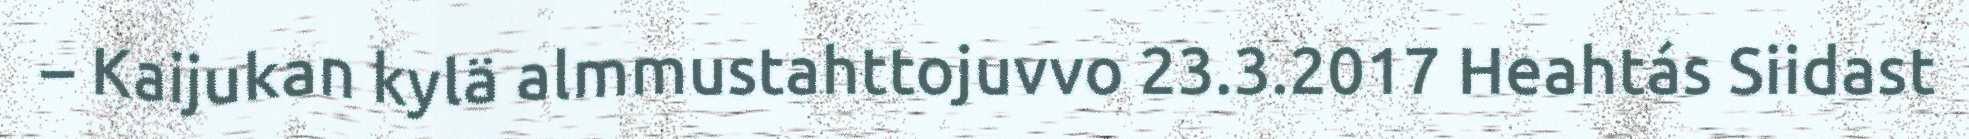
– Kaijukan kylä almmustahttojuvvo 23.3.2017 Heahtás Siidast